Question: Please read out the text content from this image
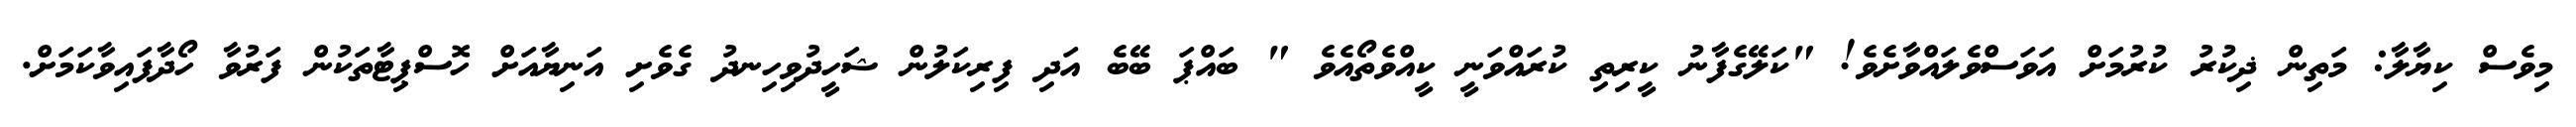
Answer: މިވެސް ކިޔާލާ: މަތިން ޛިކުރު ކުރުމަށް އަވަސްވެލައްވާށެވެ! "ކަލޭގެފާނު ކީރިތި ކުރައްވަނީ ކީއްވެތޯއެވެ " ބައްޕަ ބޭބެ އަދި ފިރިކަލުން ޝަހީދުވިހިނދު ގެވެށި އަނިޔާއަށް ހޮސްޕިޓާތަކުން ފަރުވާ ހޯދާފައިވާކަމަށް.